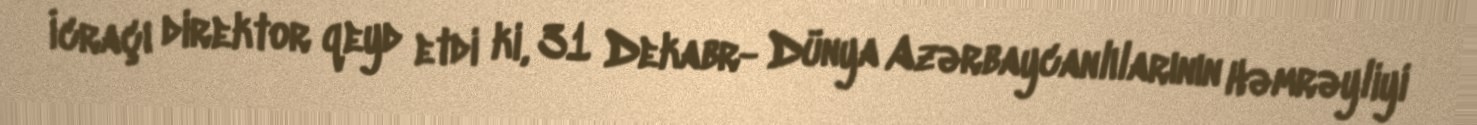
İcraçı direktor qeyd etdi ki, 31 Dekabr- Dünya Azərbaycanlılarının Həmrəyliyi